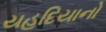
યહૂદિયાનો